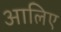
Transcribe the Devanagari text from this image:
आलिए